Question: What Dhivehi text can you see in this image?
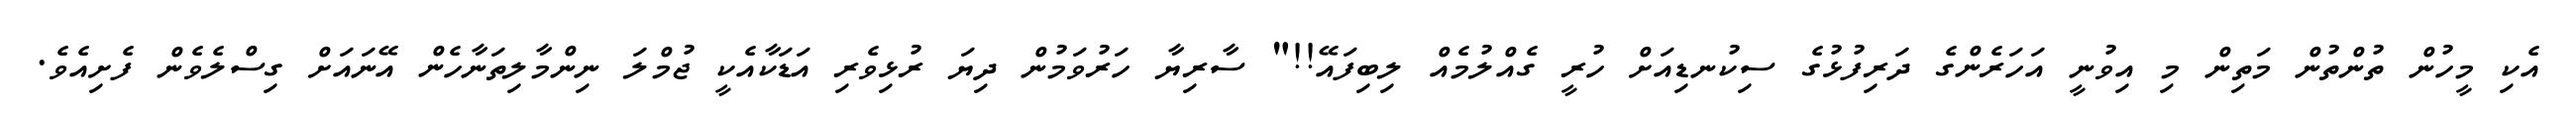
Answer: އެކި މީހުން ތުންތުން މަތިން މި އިވުނީ އަހަރެންގެ ދަރިފުޅުގެ ސިކުނޑިއަށް ހުރީ ގެއްލުމެއް ލިބިފައޭ!!" ސާރިޔާ ހަރުވަމުން ދިޔަ ރުޅިވެރި އަޑަކާއެކީ ޖުމްލަ ނިންމާލިތަނާހެން އޭނައަށް ގިސްލެވެން ފެށިއެވެ.